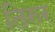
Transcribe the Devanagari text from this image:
तिरुर